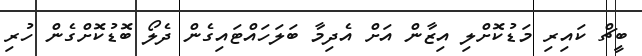
ބީޗް ކައިރި މަޑުކޮށްލި އިޒާން އަށް އެދިމާ ބަލަހައްޓައިގެން ދެލޯ ބޮޑުކޮށްގެން ހުރި